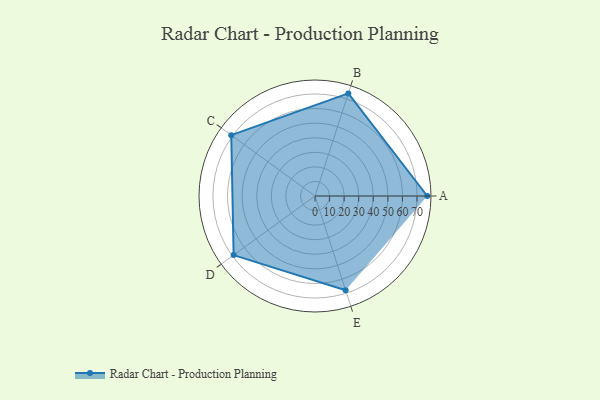
{"axis": {"x": "Skill", "y": "Score"}, "legend": ["Profile"], "data": [{"x": "A", "y": 77.0, "type": "Profile"}, {"x": "B", "y": 74.0, "type": "Profile"}, {"x": "C", "y": 71.0, "type": "Profile"}, {"x": "D", "y": 69.0, "type": "Profile"}, {"x": "E", "y": 68.0, "type": "Profile"}]}